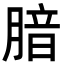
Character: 腤